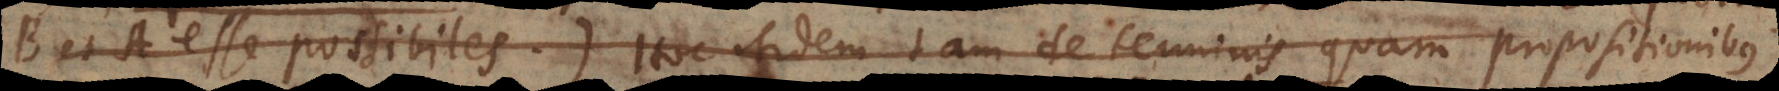
B et A esse possibiles.) Hoc itidem tam de terminis quam propositionibus